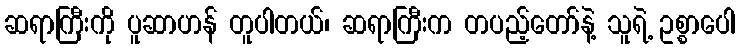
ဆရာကြီးကို ပူဆာဟန် တူပါတယ်၊ ဆရာကြီးက တပည့်တော်နဲ့ သူရဲ့ ဥစ္စာပေါ